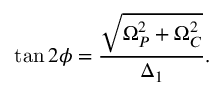
\tan 2 \phi = \frac { \sqrt { \Omega _ { P } ^ { 2 } + \Omega _ { C } ^ { 2 } } } { \Delta _ { 1 } } .